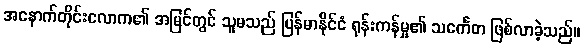
အနောက်တိုင်းလောက၏ အမြင်တွင် သူမသည် မြန်မာနိုင်ငံ ရုန်းကန်မှု၏ သင်္ကေတ ဖြစ်လာခဲ့သည်။